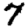
Digit: 7